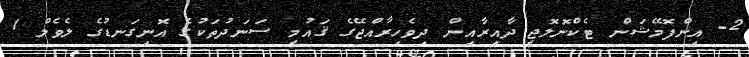
2- އިންފޮމޭޝަން ޓެކްނޮލޮޖީ ދާއިރާއިން ދިވެހިރާއްޖޭގެ ޤައުމީ ސަނަދުތަކުގެ އޮނިގަނޑުގެ ލެވެލް 1